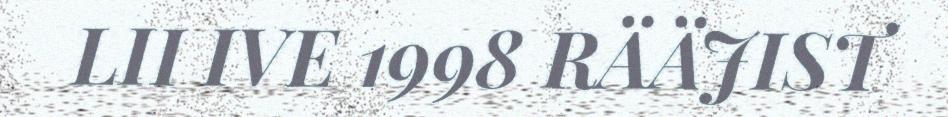
LII IVE 1998 RÄÄJIST